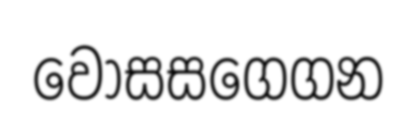
වොසසගෙගන